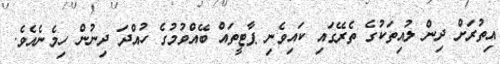
އިތުރަށް ދިން ލުއިތަކުގެ ތެރޭގައި ކައިވެނި ޕާޓީތައް ބޭއްވުމުގެ ހުއްދަ ދިނުން ހިމެނެއެވެ.